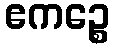
ဧကဉ္စေ